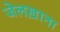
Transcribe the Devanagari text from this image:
जेलख़ाना